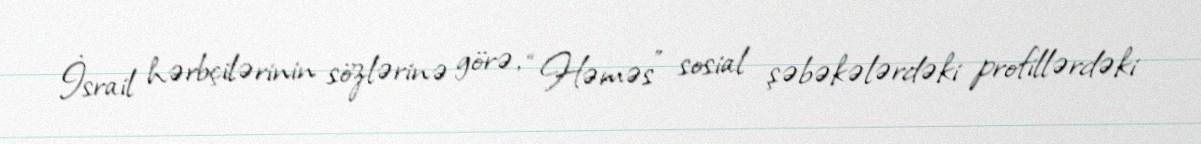
İsrail hərbçilərinin sözlərinə görə, “Həməs” sosial şəbəkələrdəki profillərdəki